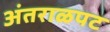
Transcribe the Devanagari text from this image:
अंतराळपट